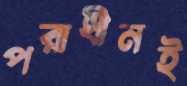
পরাধীনই